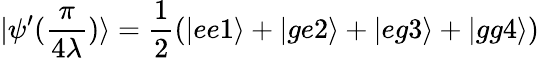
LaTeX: |\psi^{\prime}(\frac{\pi}{4\lambda})\rangle=\frac{1}{2}(|ee1\rangle+|ge2\rangle+|eg3\rangle+|gg4\rangle)